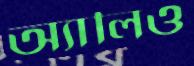
অ্যালিও